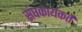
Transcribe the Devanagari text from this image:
संघकार्यकर्ते